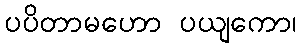
ပပိတာမဟော ပယျကော၊